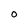
Character: O